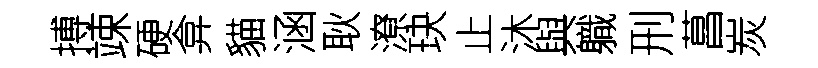
搏竦硬弇貓涵耿潦玦止沐與軄刑菖炭